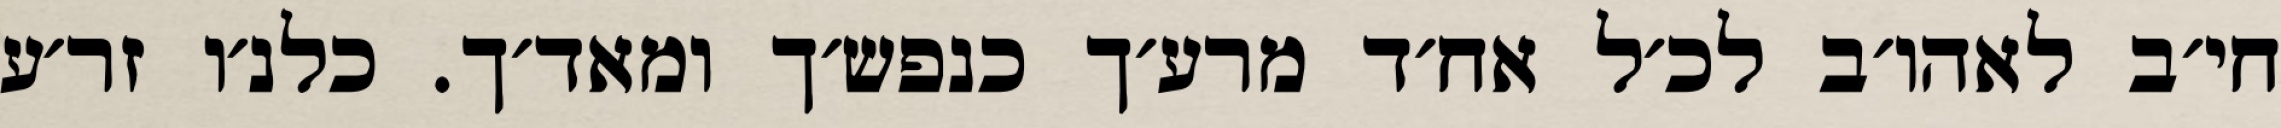
חי׳ב לאהו׳ב לכ׳ל אח׳ד מרע׳ך כנפש׳ך ומאד׳ך. כלנ׳ו זר׳ע